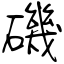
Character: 磯